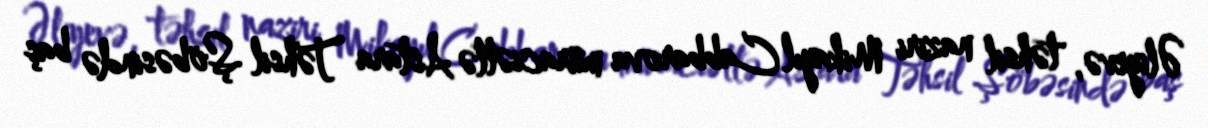
Əliyevə, təhsil naziri Mikayıl Cabbarova müraciətlə Astara Təhsil Şöbəsində baş